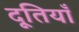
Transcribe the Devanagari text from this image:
दूतियाँ